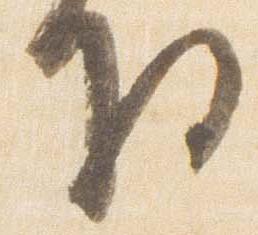
将